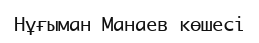
Нұғыман Манаев көшесі